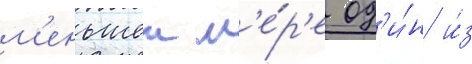
м'еньшеи м'е́р'е од'и́н и́з